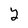
Character: 2